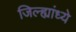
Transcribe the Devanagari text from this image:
जिल्ह्यांध्ये